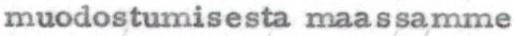
muodostumisesta maassamme